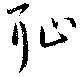
恥